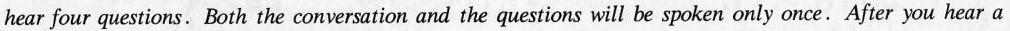
hear four questions. Both the conversation and the questions will be spoken only once.After you hear a